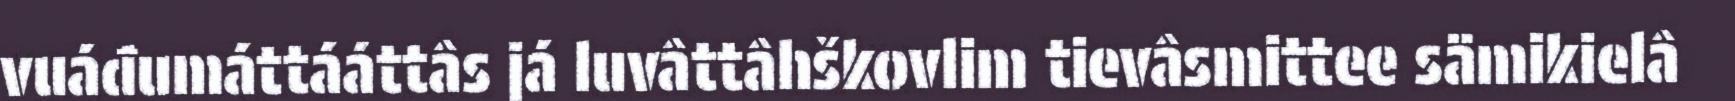
vuáđumáttááttâs já luvâttâhškovlim tievâsmittee sämikielâ